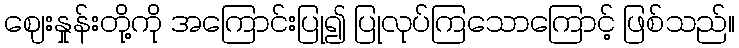
ဈေးနှုန်းတို့ကို အကြောင်းပြု၍ ပြုလုပ်ကြသောကြောင့် ဖြစ်သည်။